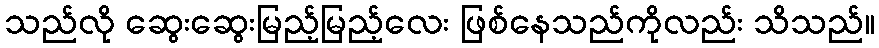
သည်လို ဆွေးဆွေးမြည့်မြည့်လေး ဖြစ်နေသည်ကိုလည်း သိသည်။